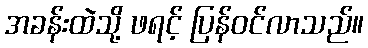
အခန်းထဲသို့ ဖရင့် ပြန်ဝင်လာသည်။